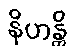
နိဟန္တိ